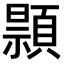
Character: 𫖢